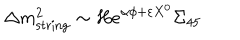
\Delta m _ { \mathrm { s t r i n g } } ^ { 2 } \sim H e ^ { \alpha \phi + \varepsilon X ^ { 0 } } \Sigma _ { 4 5 }